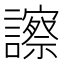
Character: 𧭂